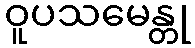
ဝူပသမေန္တု